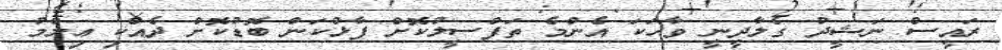
ރައީސް ނަޝީދު ގެލާދީނީ ވާހަކަ އެންމެ ތަފްސީލުކޮށް ފާޅުކަން ބޮޑުކޮށް ދެއްކި ޢިލްމު